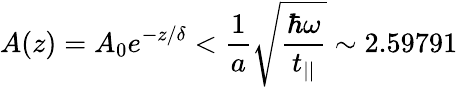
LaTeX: A(z)=A_{0}e^{-z/\delta}<\frac{1}{a}\sqrt{\frac{\hbar\omega}{t_{||}}}\sim 2.59791